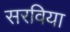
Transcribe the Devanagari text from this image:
सरविया